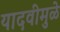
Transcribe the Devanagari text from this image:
यादवीमुळे